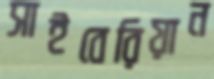
সাইবেরিয়ান